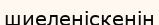
шиеленіскенін